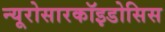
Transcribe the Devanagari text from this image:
न्यूरोसारकॉइडोसिस